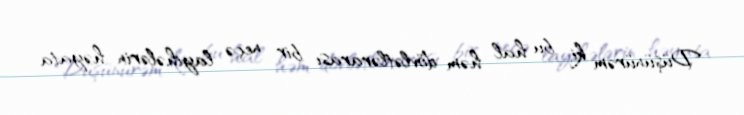
Düşünürəm ki, bu hal həm dövlətlərarası bir neçə layihələrin həyata